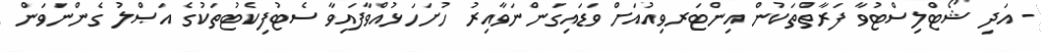
- އަދި ޝޯޓްލިސްޓުވާ ފަރާތްތަކުން އިންޓަރވިއުއަށް ވަޑައިގަންނަވާއިރު ހުށަހަޅުއްވާފައިވާ ސެޓުފިކެޓުތަކުގެ އަޞްލު ގެންނަވަން